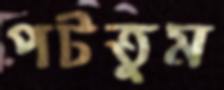
পটতুম